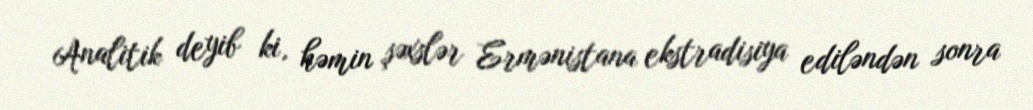
Analitik deyib ki, həmin şəxslər Ermənistana ekstradisiya ediləndən sonra